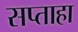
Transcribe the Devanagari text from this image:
सप्ताहा